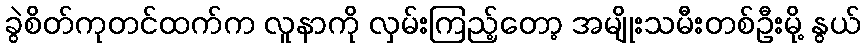
ခွဲစိတ်ကုတင်ထက်က လူနာကို လှမ်းကြည့်တော့ အမျိုးသမီးတစ်ဦးမို့ နွယ်